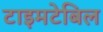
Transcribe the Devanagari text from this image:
टाइमटेबिल